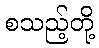
စသည့်တို့